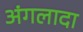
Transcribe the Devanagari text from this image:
अंगलादा